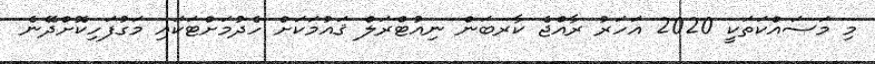
މި މަސައްކަތަކީ 2020 އަހަރު ރާއްޖެ ކާރބަން ނިއުޓްރަލް ޤައުމަކަށް ހެދުމަށްޓަކައި މަގުފަހިކޮށްދޭނެ